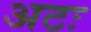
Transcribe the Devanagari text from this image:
अटः